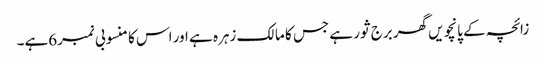
زائچہ کے پانچویں گھر برج ثور ہے جس کا مالک زہرہ ہے اور اس کا منسوبی نمبر6ہے۔